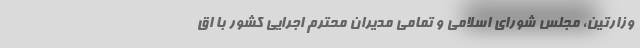
وزارتین، مجلس شورای اسلامی و تمامی مدیران محترم اجرایی کشور با اق